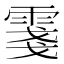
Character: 𲉺